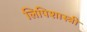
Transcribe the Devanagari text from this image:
लिपिशास्त्री